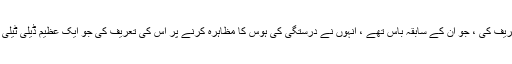
انہوں نے مسٹر مور کی تعریف کی ، جو ان کے سابقہ ​​باس تھے ، انہوں نے درستگی کی ہوس کا مظاہرہ کرنے پر اس کی تعریف کی جو ایک عظیم ڈیلی ٹیلی گراف صحافی کا نشان ہے۔